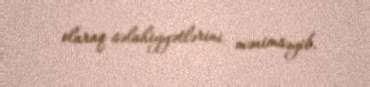
olaraq səlahiyyətlərini mənimsəyib.